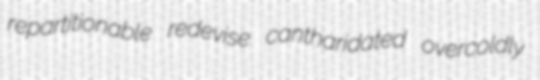
repartitionable redevise cantharidated overcoldly